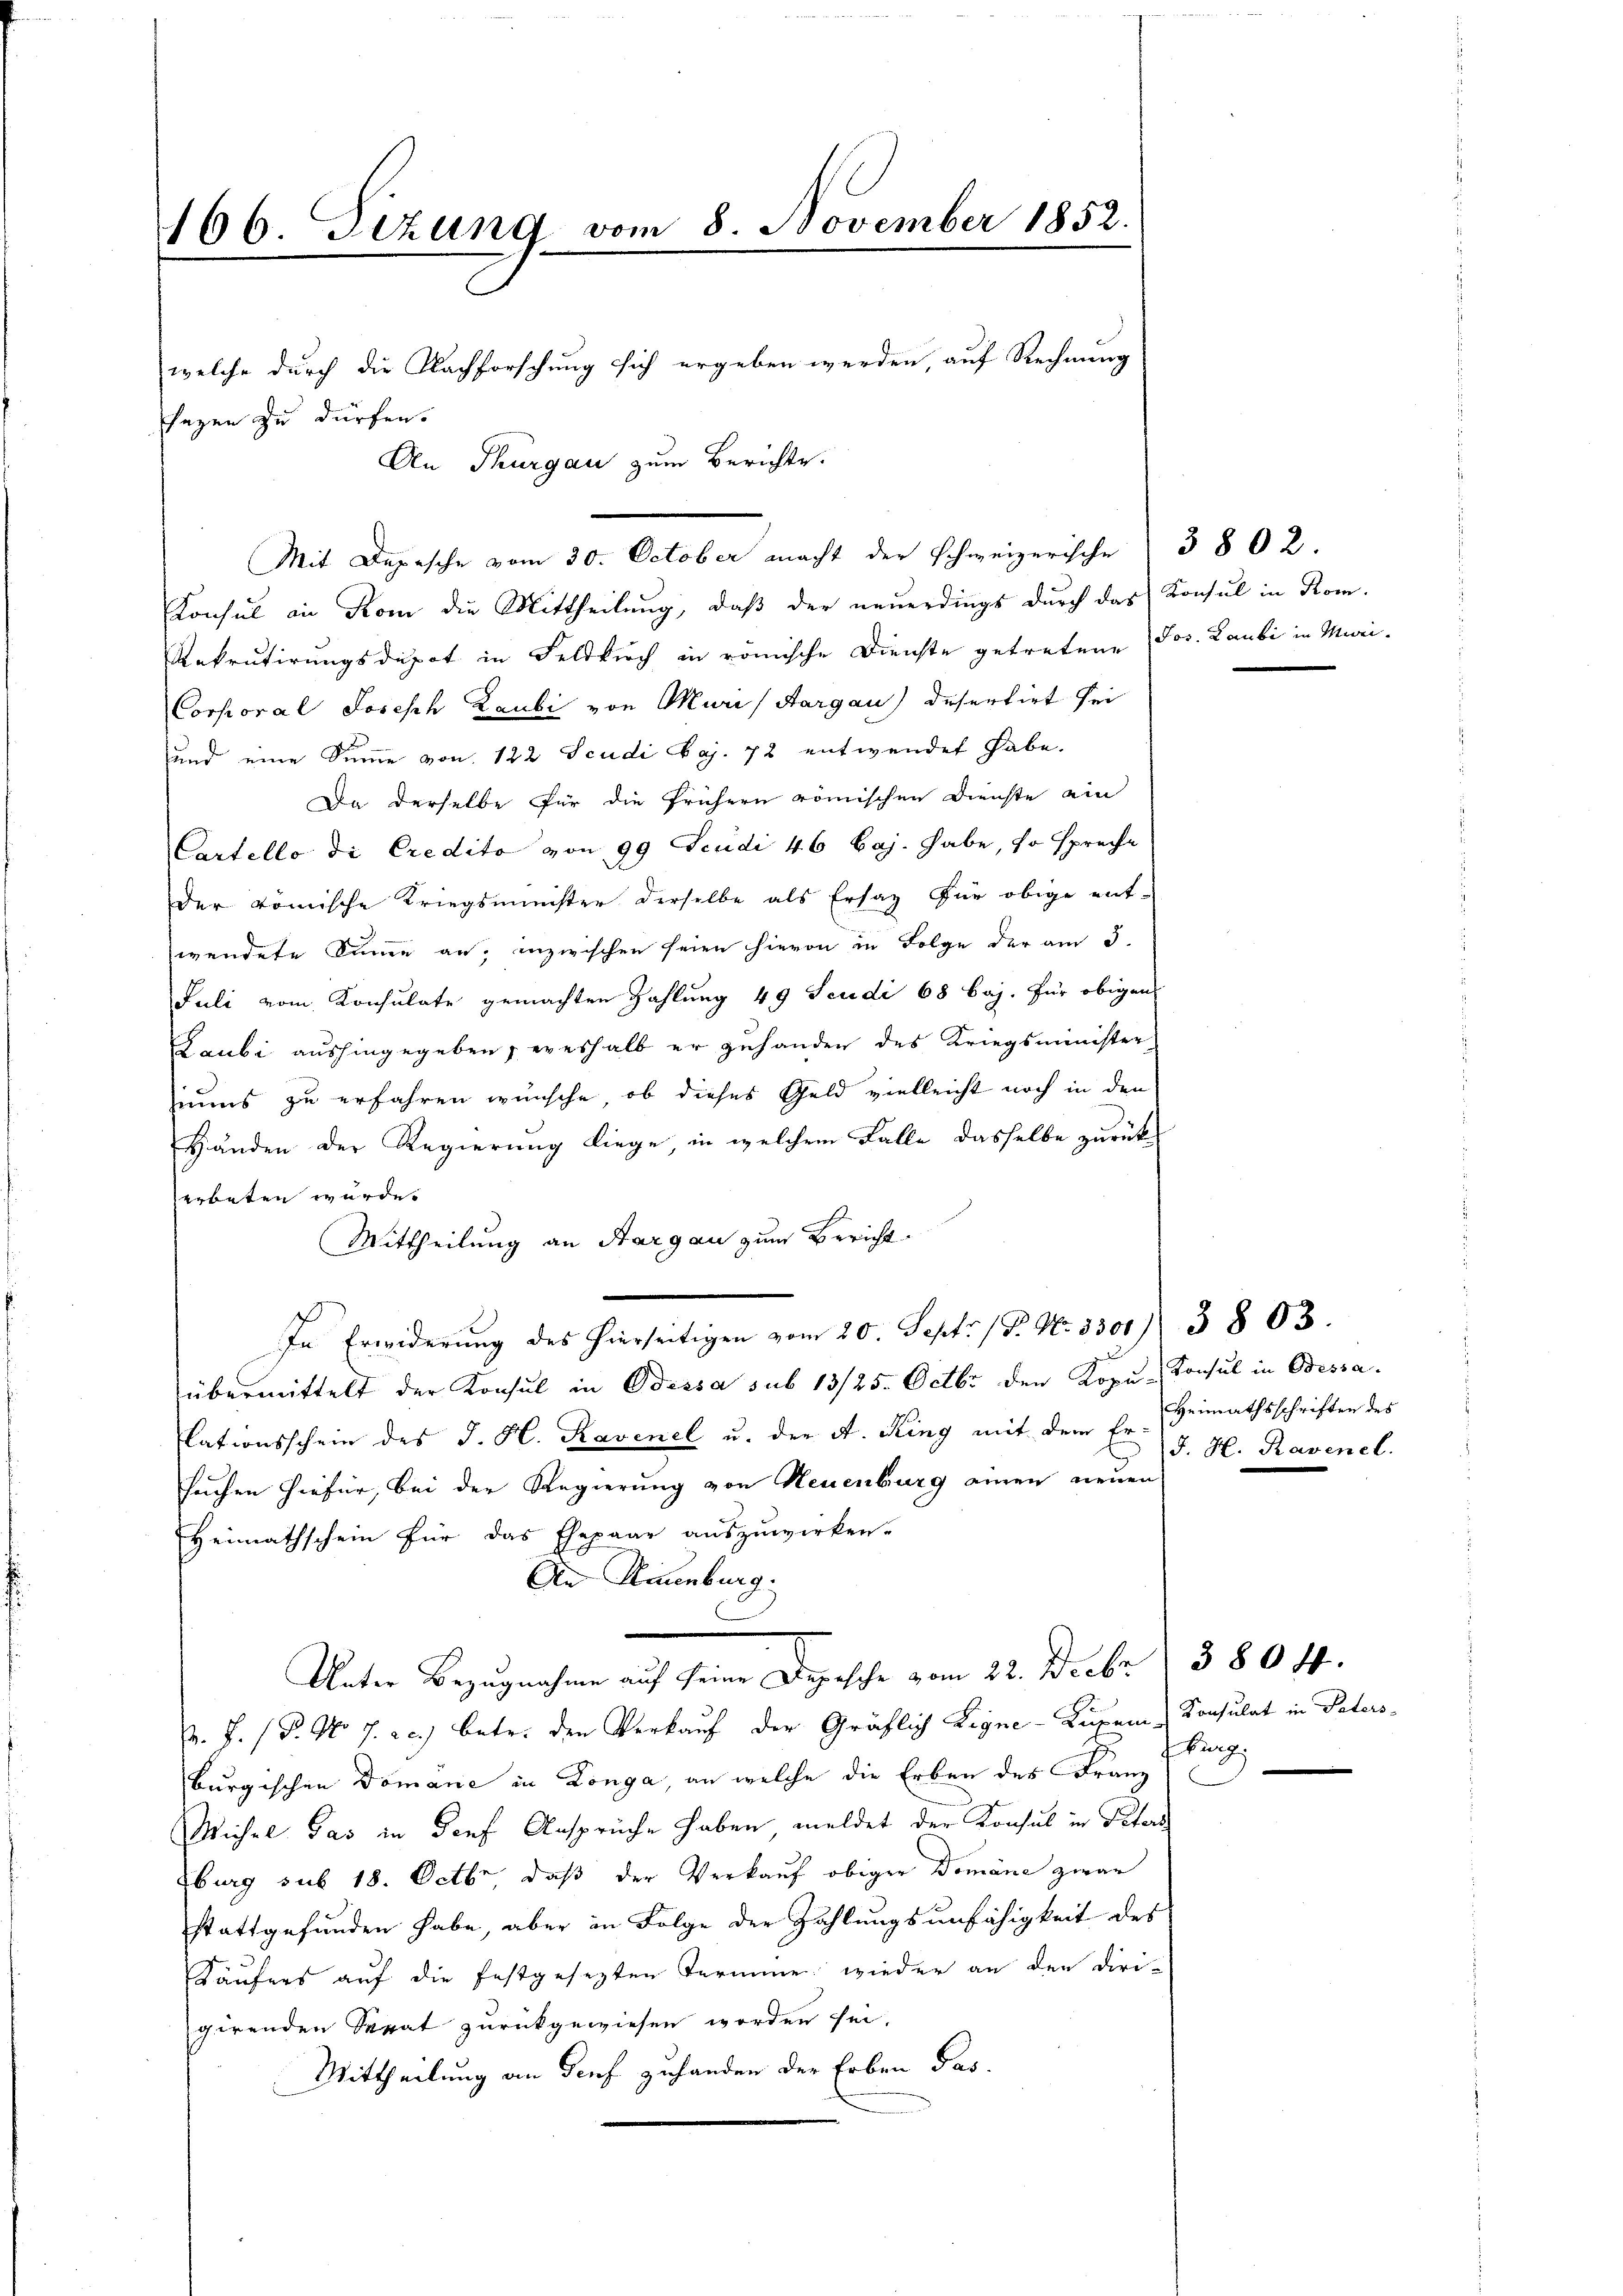
166. Dezung vom 8. November 1852.
welche durch die Nachforschung sich ergeben werden, auf Rechnung
sagen zu dürfen.
An Thurgau zum Berichte.

Konsul in Rom die Mittheilŭng, daβ der neŭerdings dŭrch das Konsul in Rom.
Rekrutirungsdepot in Feldkirch in römische Dienste getretene Jos. Laubi in Muri¬
Corporal Joseph Laubi von Muris Aargau) Desertirt sei
und eine Summe von 122 Scudi Vaj. 72 entwendet habe.
Da derselbe für die frühern römischen Dienste ein
Cartello di Credito von 99 Feudi 46 Baj. habe, so spreche
Der römische Kriegsminister derselbe als Ersatz für obige ent-
wendete Summe an, inzwischen seien hievon in Folge der am 3.
Juli vom Konsulate gemachten Zahlung 49 Jeudi 68 baj. Für obigen
Laubi aushingegeben, weshalb er zuhanden des Kriegsminister
iuns zu erfahren wünsche, ob dieses Geld vielleicht noch in den
Händen der Regierung liege in welchem Falle dasselbe zurück
erbeten wurde.
Mittheilung an Aargau zum Bericht.
In Erwiderung des hierseitigen vom 20. Sept. (T. No. 3300) 3803.
übermittelt der Konsul in Odessa sub 13/25. Octbr den Kopu- Konsul in Bessa
lationsschein des J. H. Ravenel u. der A. Ring mit dem Er
suchen hiefür, bei der Regierung von Neuenburg amen neuen
Heimathschein für das Ehepaar auszuwirken.
An Ruenburg.
Unter Bezugnahme auf seine Depesche vom 22. Decbr. 1380 ff.
d. J. P. No. 7. ac.) betr. den Verkauf der Gräflich Ligne-Lupen Konsulat in Paters-
Burg.
burgischen Domane in Longa, an welche die Erben des Franz
Michel das in Dorf Ansprüche haben meldet der Konsul in Peters
Eburg sub 18. Octbr, daß der Verkauf obiger Domäne zwar
stattgefunden habe, aber in Folge der Zahlungsunfähigkeit des
Käufers auf die festgesezten Termine wieder an den Dirigirenden Serat zurückgewiesen worden sei.
Mittheilung an Genf zuhanden der Erben Pas

Mit Depesche vom 30. October macht der Schweizerische 3802.

Heimathsschriften des
J. H. Ravenel.